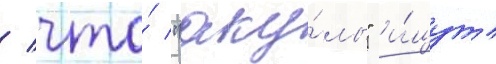
/ что́ "аку́лы" и́щут